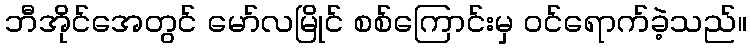
ဘီအိုင်အေတွင် မော်လမြိုင် စစ်ကြောင်းမှ ဝင်ရောက်ခဲ့သည်။